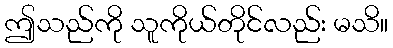
ဤသည်ကို သူကိုယ်တိုင်လည်း မသိ။